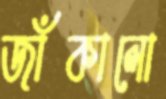
জাঁকালো